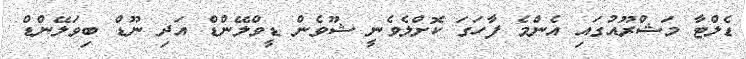
ޑެލްޓާ މަޝްރޫއުގައި އެންމެ ފާހަގަ ކޮށްލެވެނީ ޝޫވެން ޑީވްލޭންޑް އަދި ނޫޑް ބިވަލޭންޑް